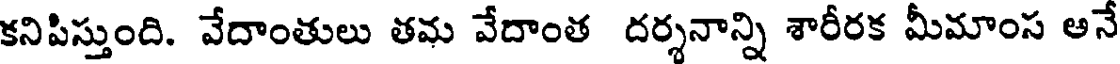
కనిపిస్తుంది. వేదాంతులు తమ వేదాంత దర్శనాన్ని శారీరక మీమాంస అనే